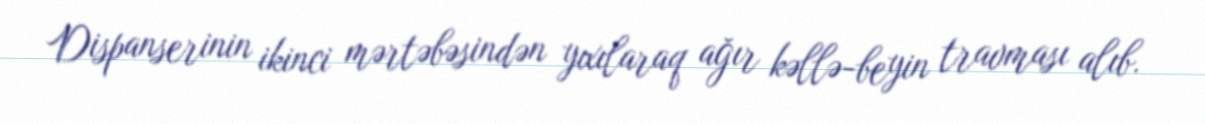
Dispanserinin ikinci mərtəbəsindən yıxılaraq ağır kəllə-beyin travması alıb.